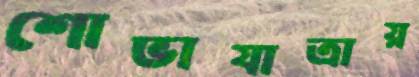
শোভাযাত্রায়